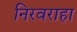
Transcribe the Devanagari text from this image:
निरवराहा